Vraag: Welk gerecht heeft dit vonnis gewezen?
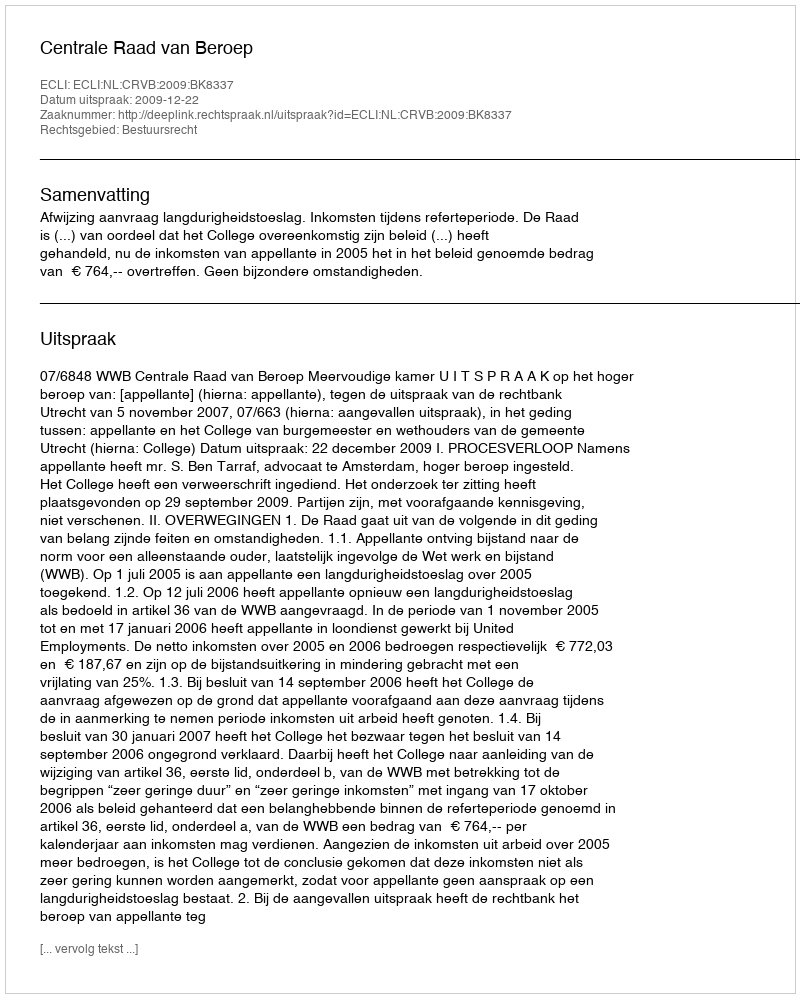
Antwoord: Centrale Raad van Beroep